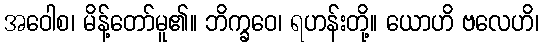
အဝေါစ၊ မိန့်တော်မူ၏။ ဘိက္ခဝေ၊ ရဟန်းတို့။ ယောဟိ ဗလေဟိ၊